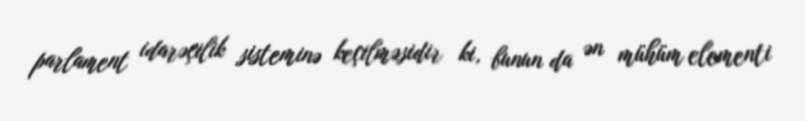
parlament idarəçilik sisteminə keçilməsidir ki, bunun da ən mühüm elementi